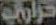
حرامي